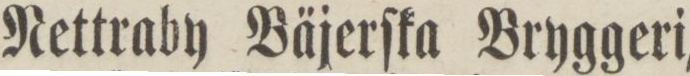
Nettraby Bäjerſka Bryggeri,